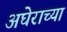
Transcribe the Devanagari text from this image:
अघेराच्या